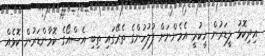
އިދިކޮޅު ލީޑަރުން ހީކުރީ އެމެންނަށް ފުލުހުންގެ ތެރޭގައި ތިބި އެސްއޯގެ ކޮމާންޑަރުން ކޮޅެއް